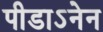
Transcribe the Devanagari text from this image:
पीडाऽनेन